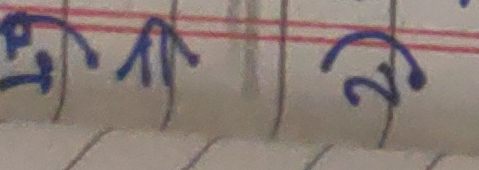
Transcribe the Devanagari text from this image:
२ म ८